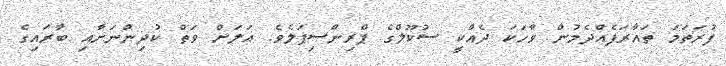
ފުރަތަމަ ތައާރަފެއްދެމުން ވާހަކަ ދެއްކީ ސުކޫލްގެ ޕްރިންސިޕަލެވެ. އަލަށް ވަތް ކުދިންނަށާއި ބާރައިގެ